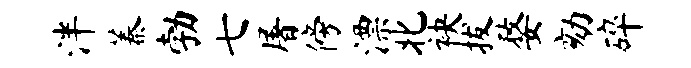
泮蓁勃七屠傍漂北袂拔婺劾碎